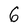
Character: 6